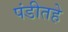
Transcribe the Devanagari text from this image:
पंडीतहे